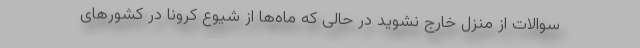
سوالات از منزل خارج نشوید در حالی که ماه‌ها از شیوع کرونا در کشورهای